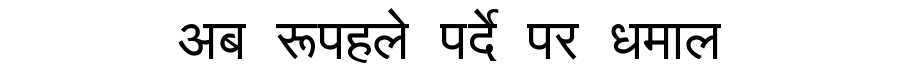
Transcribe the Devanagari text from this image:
अब रूपहले पर्दे पर धमाल